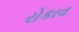
રોકાવ